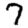
Digit: 7